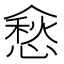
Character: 𰂵